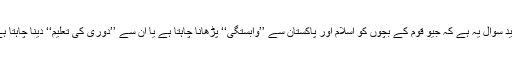
مزید سوال یہ ہے کہ جیو قوم کے بچوں کو اسلام اور پاکستان سے ’’وابستگی‘‘ پڑھانا چاہتا ہے یا ان سے ’’دوری کی تعلیم‘‘ دینا چاہتا ہے؟